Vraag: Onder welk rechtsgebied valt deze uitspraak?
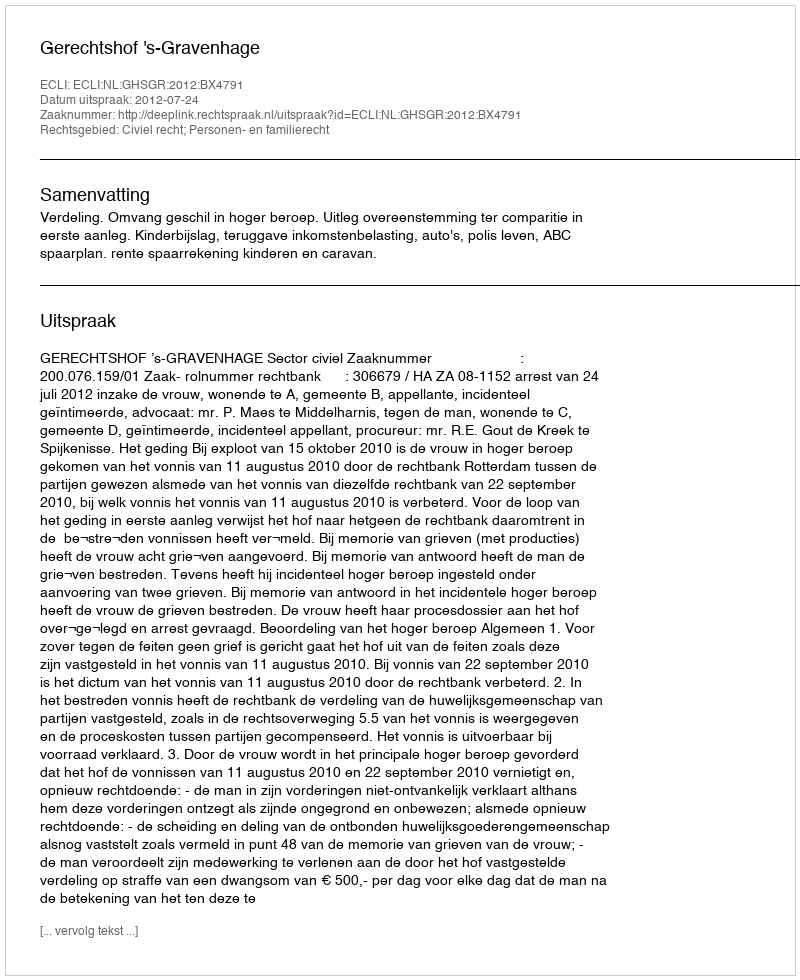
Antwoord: Civiel recht; Personen- en familierecht